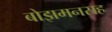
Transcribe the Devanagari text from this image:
बोझमनसह